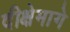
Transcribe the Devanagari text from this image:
दीक्षेमागे